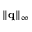
{ { { \left\| { \bf { q } } \right\| } _ { \infty } } }